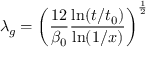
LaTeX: \lambda _ { g } = \left( \frac { 1 2 } { \beta _ { 0 } } \frac { \ln ( t / t _ { 0 } ) } { \ln ( 1 / x ) } \right) ^ { \frac { 1 } { 2 } }